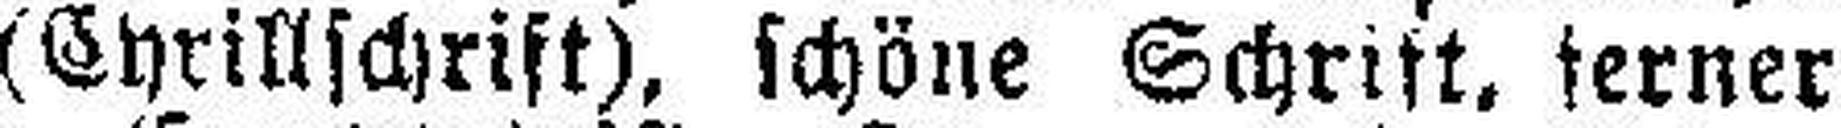
(Cyrillschrift), schöne Schrift, ferner